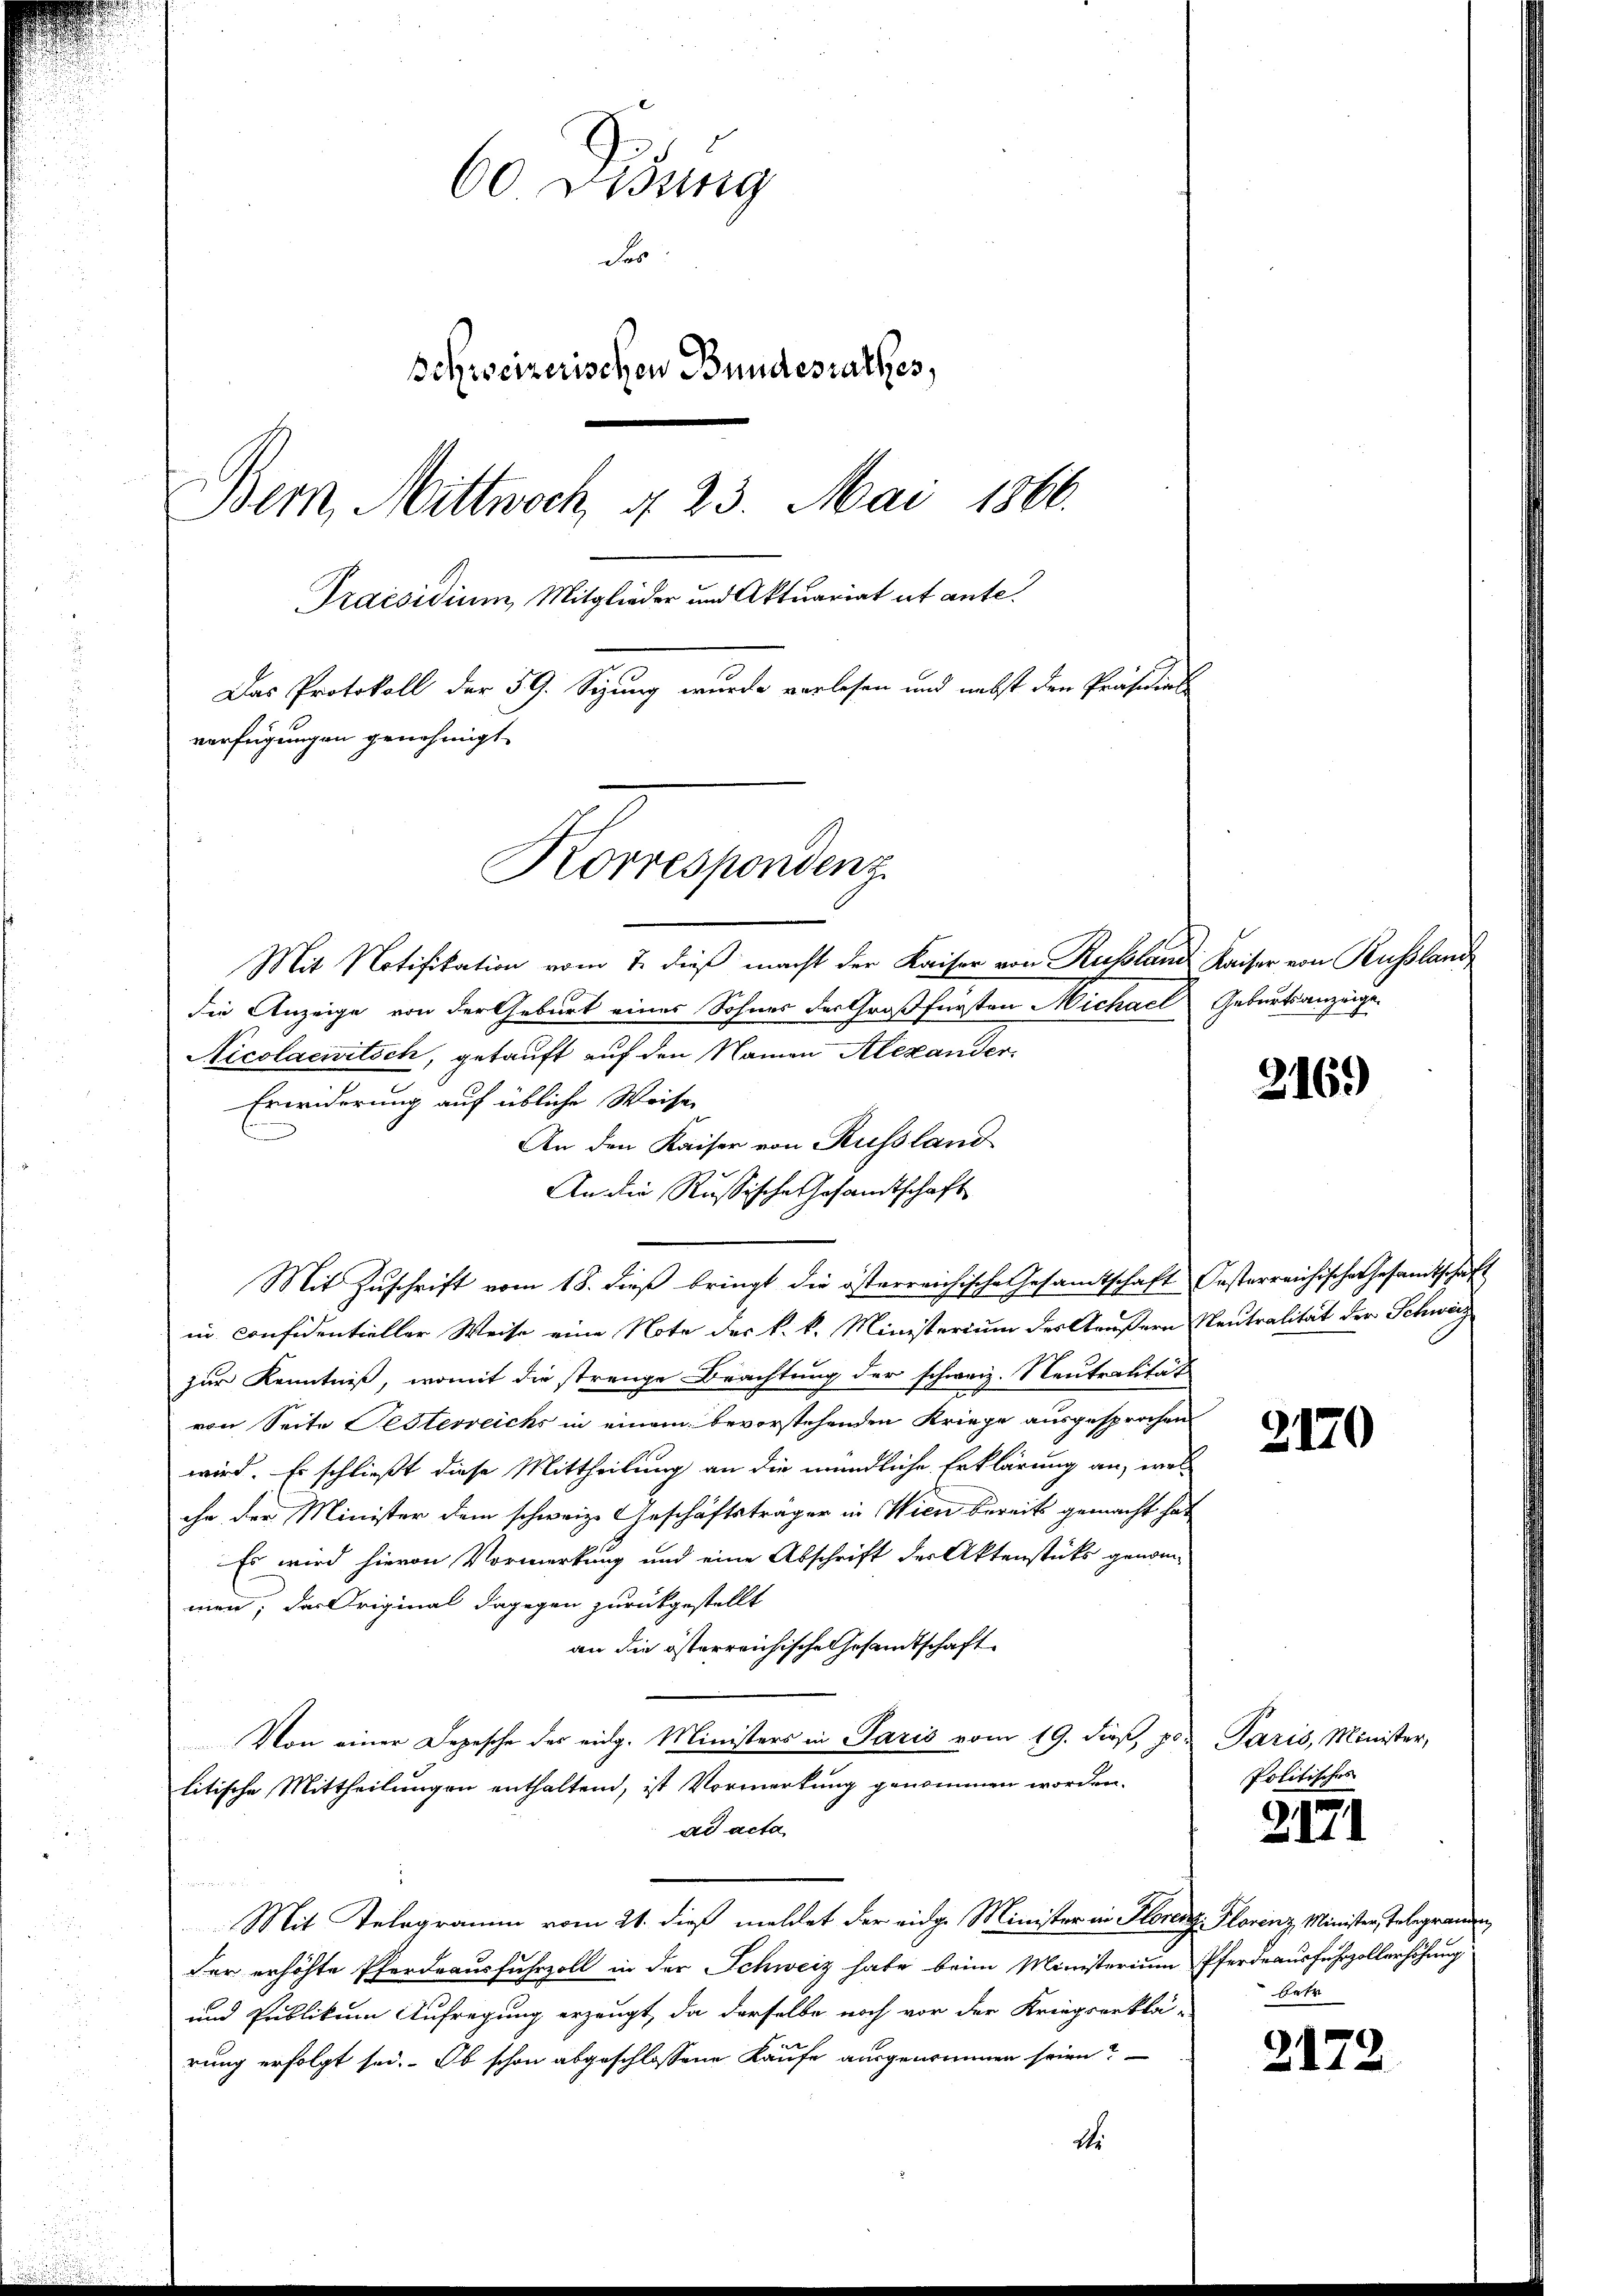
60 Didung
der
Schweizerischen Bundesrathes,
Bern, Mittwoch, u. 23. Mai 1866.
Praesidium, Mitglieder und Aktuariat ut ante.
Das Protokoll der 59. Sizung wurde verlesen und nebst den Präsidial-
verfügungen genehmigt.
Korrespenden,

Mit Notifikation vom 7. dieß macht der Kaiser von Russland Kaiser von Russland
die Anzeige von der Geburt eines Sohnes der Großfürsten Michael Geburtsanzeige
Nicolaenitsch, getauft auf den Namen Alexander
Erwiderung auf übliche Weise
6
An den Kaiser von Russland
An die Russische Gesandtschaft
Mit Zuschrift vom 18. dieß bringt die österreichische Gesamtschaft Oesterreichische Gesamtschaft
in confidentieller Weise eine Note des k. k. Ministerium des Aeußern Neutralität der Schweiz
zur Kenntniß, womit die strenge Brachtung der schweiz. Neutralität
von Seite Festerreichs in einem bevorstehenden Kriege ausgesprochen
wird. Es schließt diese Mittheilung an die mündliche Erklärung an, wel-
che, der Minister dem schweiz. Geschäftsträger in Wien bereits gemacht hat
Es wird hievon Vormerkung und eine Abschrift der Aktenstücks genom-
men; der Original dagegen zurückgestellt
an die österreichische Gesamtschaft
Von einer Depesche des eidg. Ministers in Paris vom 19. dieß, pes Paris, Minister,
litische Mittheilungen enthaltend, ist Vormerkung genommen worden.
ad acta
Mit Telegramm vom 21. dieß meldet der eidg. Minister in Florenz. Florenz Minister, Telegranden
der erhöhte Pferdeausfuhrzoll in der Schweiz habe beim Ministerium Pferdeausfuhrzollerhöhung
und Publikum Aufregung erzeugt, da derselbe noch vor der Kriegserklä-
rung erfolgt sei. Ob schon abgeschlossene Kaufe ausgenommen seien?
dr

316.

2170

Politisches

2171

atr

2172